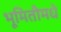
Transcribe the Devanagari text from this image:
भूमितीमधे